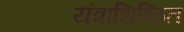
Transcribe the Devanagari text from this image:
यंत्राधिष्ठित